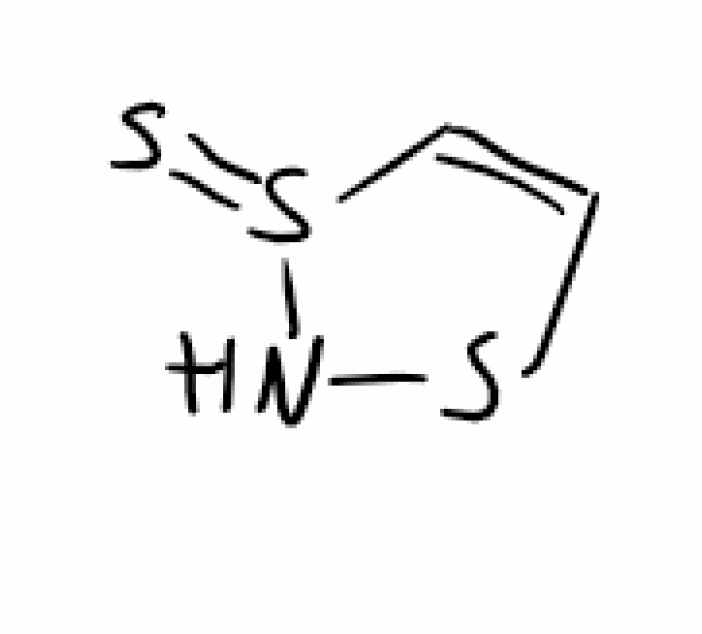
Simplified molecular-input line-entry system (SMILES) notation of the given molecule:
C1=CS(=S)NS1